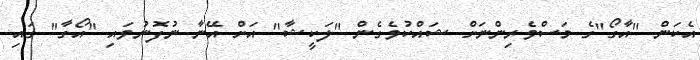
އެކަން "އާގޯ"ގެ މަސްވެރިންނަށް ޝައްކުވެގެން "ލަކީޝާ" އަށް އޭނާ ނުފޮނުވައި "އޯގާ" ގައި